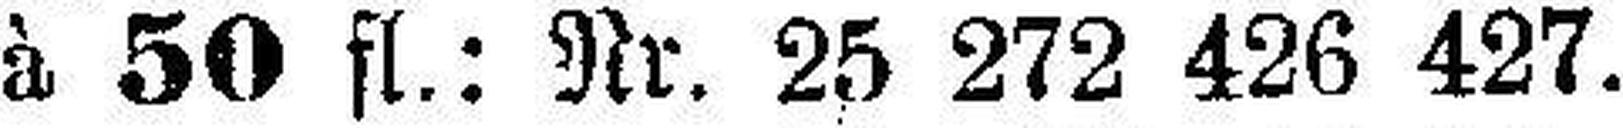
à 50 fl.: Nr. 25 272 426 427.